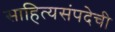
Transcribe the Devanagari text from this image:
साहित्यसंपदेची